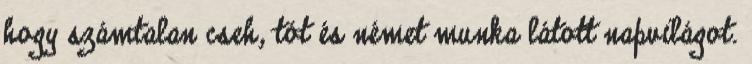
hogy számtalan cseh, tót és német munka látott napvilágot.